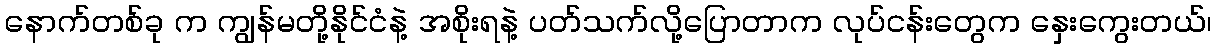
နောက်တစ်ခု က ကျွန်မတို့နိုင်ငံနဲ့ အစိုးရနဲ့ ပတ်သက်လို့ပြောတာက လုပ်ငန်းတွေက နှေးကွေးတယ်၊